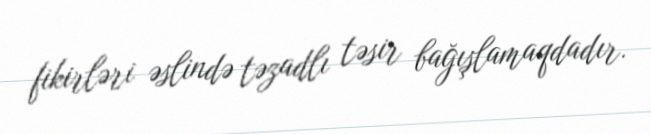
fikirləri əslində təzadlı təsir bağışlamaqdadır.